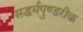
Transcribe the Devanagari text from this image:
सद्धर्मपुण्डरीक